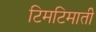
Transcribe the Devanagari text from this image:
टिमटिमाती